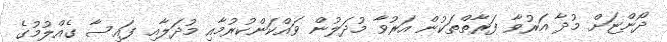
ދޯންޏަށް މުދާ އަރުވާ ފަރާތްތަކުން އަރުވާ މުދަލުން ވައްކަންކުރުމާއި މުދަލާއި ފައިސާ ގެއްލުމުގެ